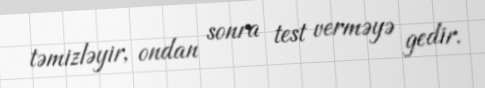
təmizləyir, ondan sonra test verməyə gedir.